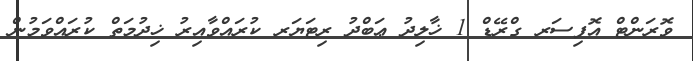
ވޮރަންޓް އޮފިސަރ ގްރޭޑް 1 ޚާލިދު ޢަބްދު ރިޓަޔަރ ކުރައްވާއިރު ޚިދުމަތް ކުރައްވަމުން